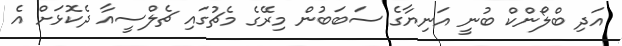
އަދި ބްލޯންކް ބުނީ އަނިޔާގެ ސަބަބުން މިރޭގެ މެޗުގައި ޗެލްސީއާ ދެކޮޅަށް އެ